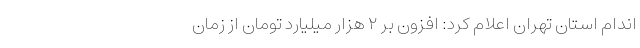
اندام استان تهران اعلام کرد: افزون بر ۲ هزار میلیارد تومان از زمان